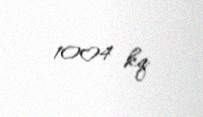
1004 kq